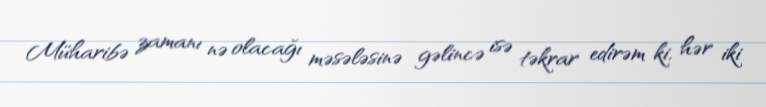
Müharibə zamanı nə olacağı məsələsinə gəlincə isə təkrar edirəm ki, hər iki